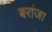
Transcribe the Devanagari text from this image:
बरांजा